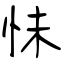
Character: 怽